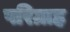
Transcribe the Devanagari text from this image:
परिग्राह